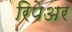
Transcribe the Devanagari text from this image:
रिपेअर